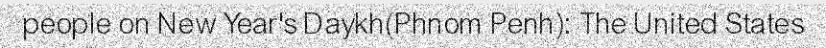
people on New Year's Daykh(Phnom Penh): The United States